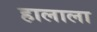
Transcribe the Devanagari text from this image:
हालाला